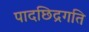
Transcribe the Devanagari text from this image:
पादछिद्रगति